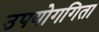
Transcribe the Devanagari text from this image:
उपयोगगिता